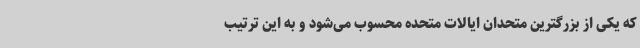
که یکی از بزرگترین متحدان ایالات متحده محسوب می‌شود و به این ترتیب